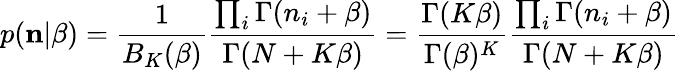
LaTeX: p({\mathbf n}|\beta)=\frac{1}{B_{K}(\beta)}\frac{\prod_{i}\Gamma(n_{i}+\beta)}{\Gamma(N+K\beta)}=\frac{\Gamma(K\beta)}{\Gamma(\beta)^{K}}\frac{\prod_{i}\Gamma(n_{i}+\beta)}{\Gamma(N+K\beta)}